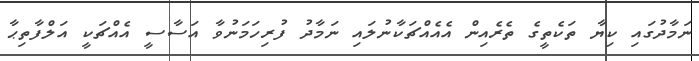
ނަމާދުގައި ކިޔާ ތަކެތީގެ ތެރެއިން އެއެއްޗަކާނުލައި ނަމާދު ފުރިހަމަނުވާ އަސާސީ އެއްޗަކީ އަލްފާތިޙާ